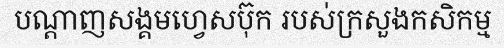
បណ្តាញសង្គមហ្វេសប៊ុក របស់ក្រសួងកសិកម្ម